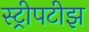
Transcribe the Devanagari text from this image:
स्ट्रीपटीझ